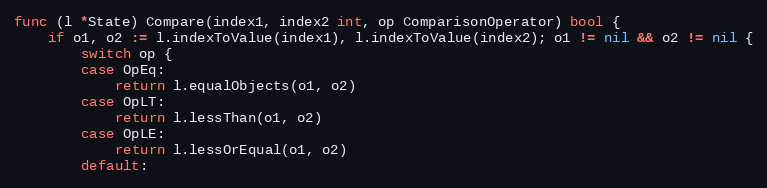
Language: Go
func (l *State) Compare(index1, index2 int, op ComparisonOperator) bool {
	if o1, o2 := l.indexToValue(index1), l.indexToValue(index2); o1 != nil && o2 != nil {
		switch op {
		case OpEq:
			return l.equalObjects(o1, o2)
		case OpLT:
			return l.lessThan(o1, o2)
		case OpLE:
			return l.lessOrEqual(o1, o2)
		default: